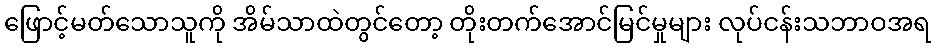
ဖြောင့်မတ်သောသူကို အိမ်သာထဲတွင်တော့ တိုးတက်အောင်မြင်မှုများ လုပ်ငန်းသဘာဝအရ